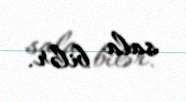
sala bilər.